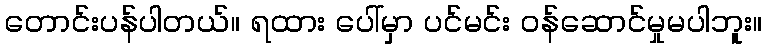
တောင်းပန်ပါတယ်။ ရထား ပေါ်မှာ ပင်မင်း ဝန်ဆောင်မှုမပါဘူး။